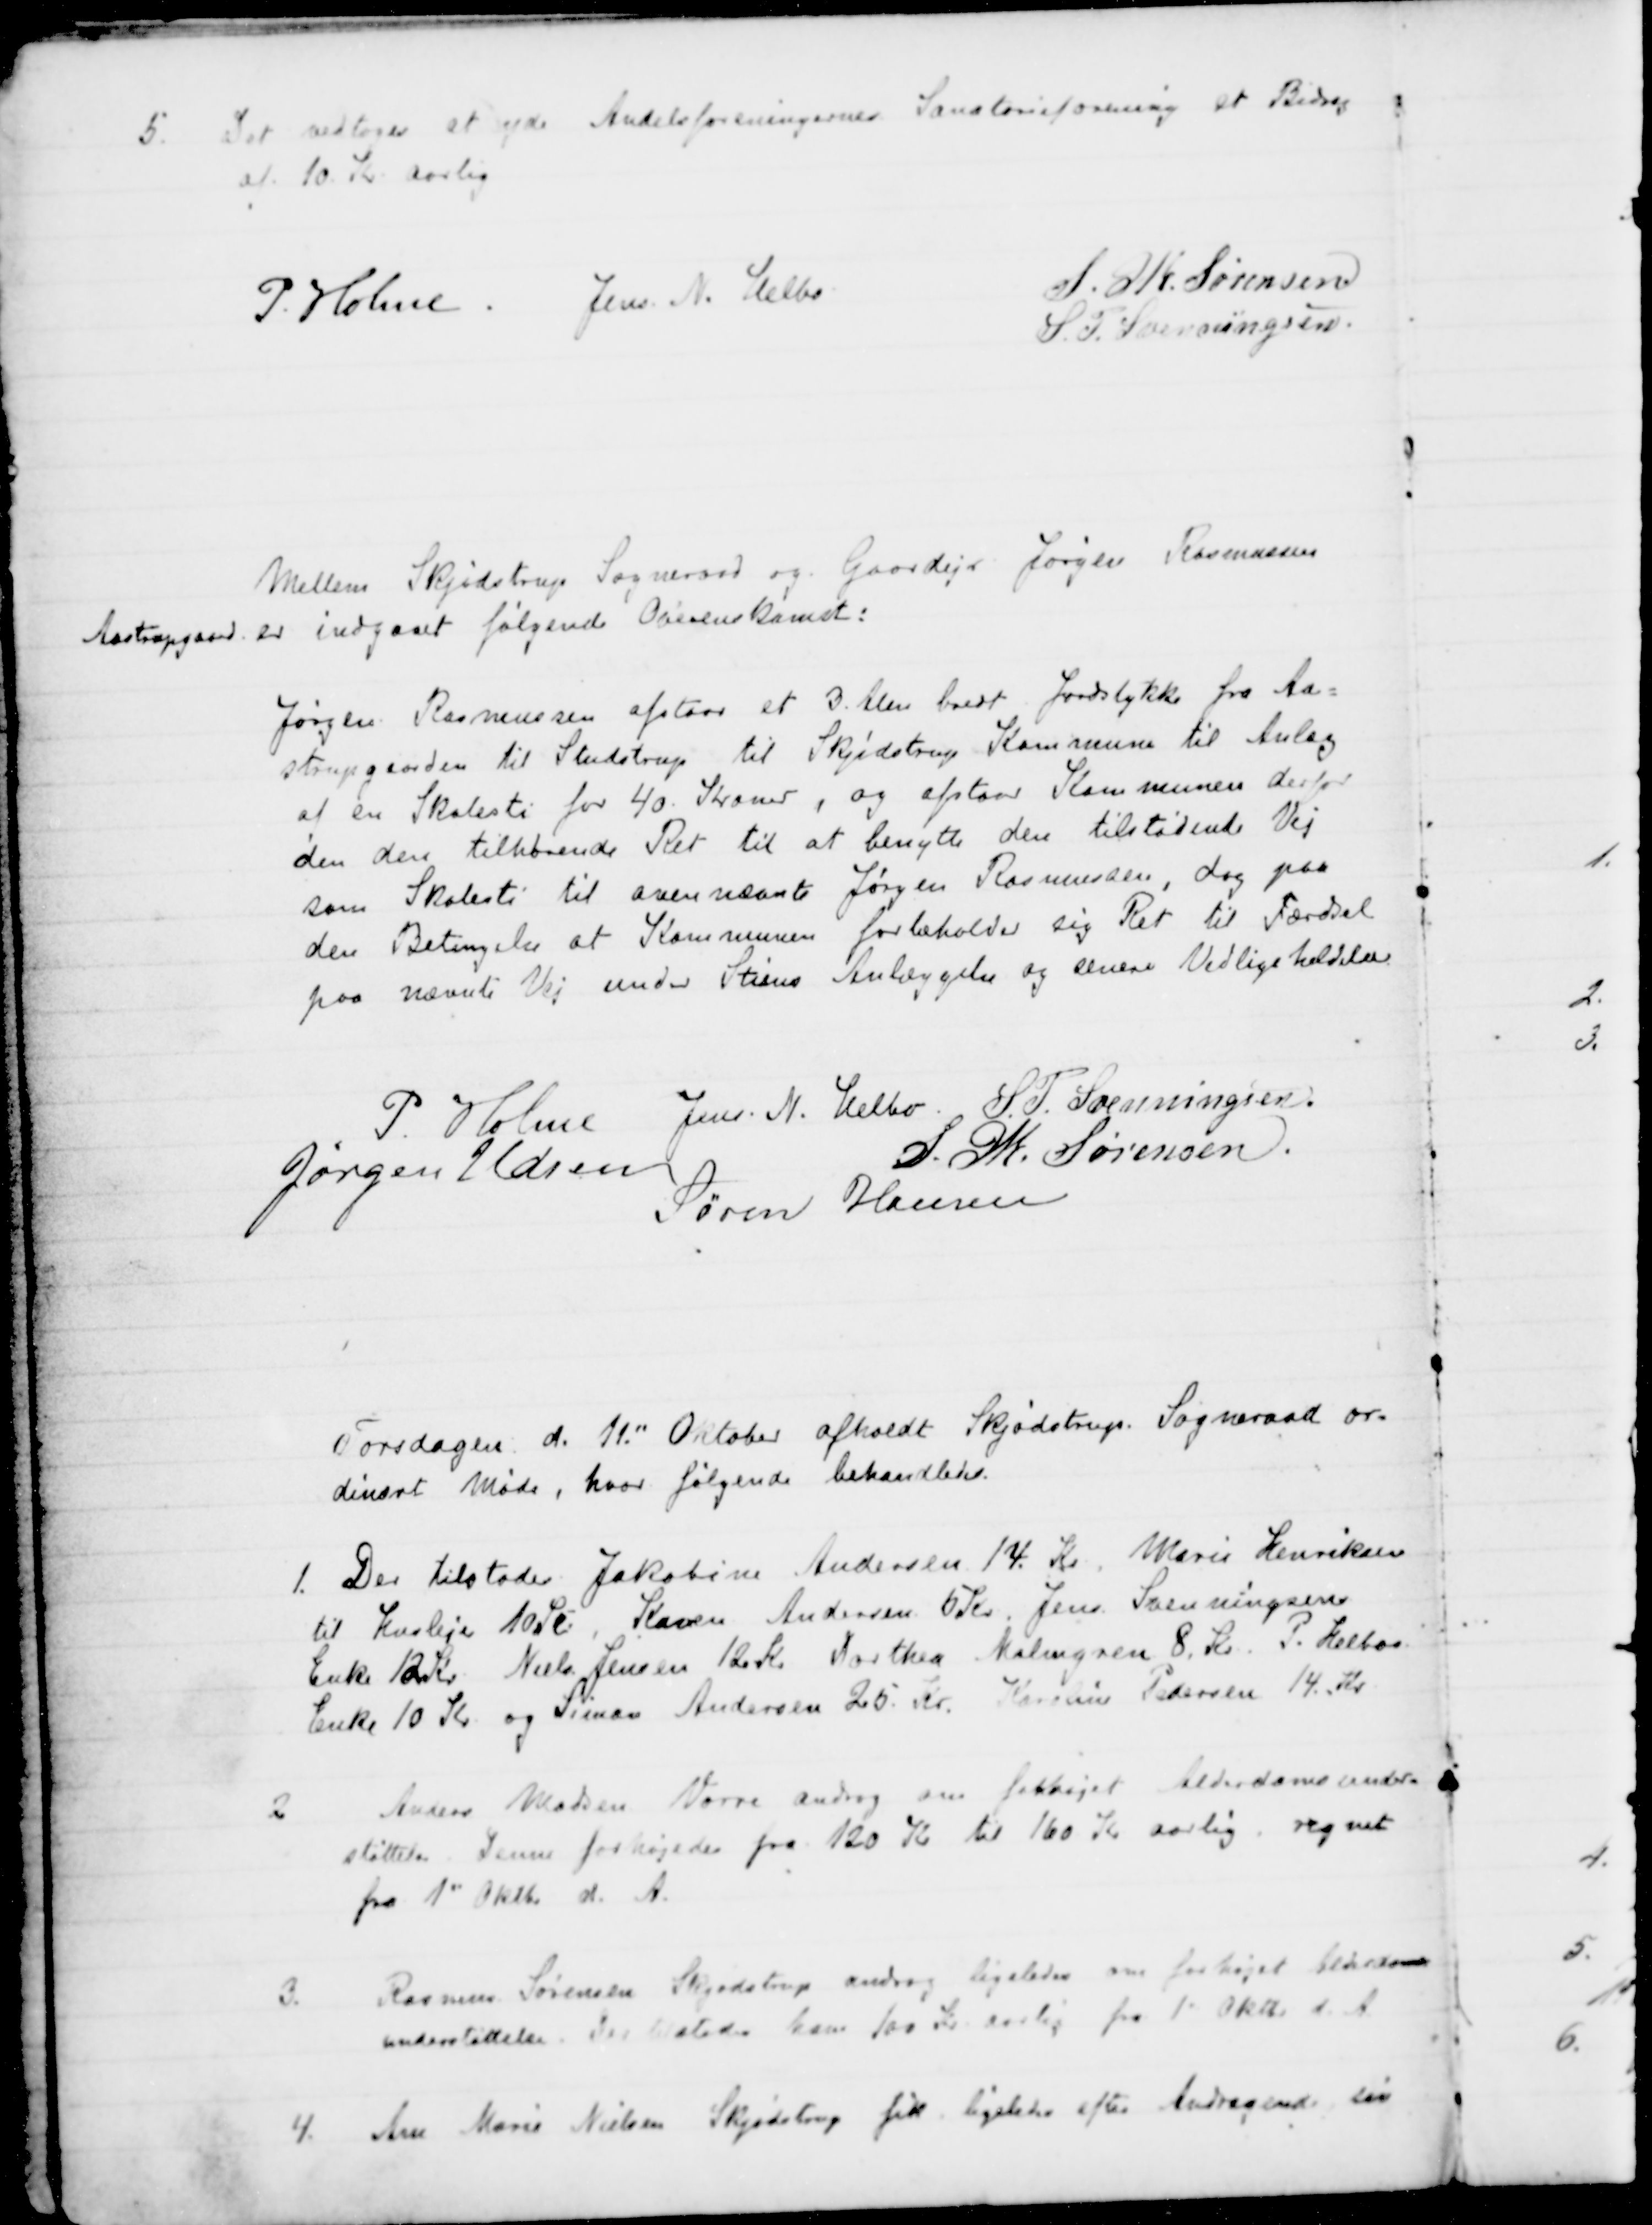
Transskription:
5. Det vedtoges at yde Andelsforeningernes Sanatorieforening et Bidrag
af 10 Kr. aarlig
P. Holme. Jens N. Helbo
S. M. Sørensen
S. P. Svenningsen.
Mellem Skjødstrup Sogneraad og Gaardejer Jørgen Rasmussen
Aastrupgaard er indgaaet følgende Overenskomst:
Jørgen Rasmussen afstaar et 3. Alen bredt Jordstykke fra Aa=
strupgaarden til Studstrup til Skjødstrup Kommune til Anlæg
af en Skolesti for 40. Kroner, og afstaar Kommunen derfor
den den tilhørende Ret til at benytte den tilstødende Vej
som Skolesti til ovennævnte Jørgen Rasmussen, dog paa
den Betingelse at Kommunen forbeholder sig Ret til Færdsel
paa nævnte Vej under Stiens Anlæggelse og senere Vedligeholdelse
P. Holme Jens N. Helbo S. P. Svenningsen
Jørgen Udsen
S. M. Sørensen
Søren Hansen
Torsdagen d. 11" Oktober afholdt Skjødstrup. Sogneraad or=
dinært Møde, hvor følgende behandledes.
1. Der tilstodes Jakobine Andersen 14. Kr. Marie Henriksen
til Husleje 10Kr, Karen Andersen 6 Kr Jens Svenningsens
Enke 12 Kr. Niels Jensen 12. Kr Dorthea Malmgren 8. Kr. P. Helbos
Enke 10 Kr. og Simon Andersen 25 Kr. Karoline Pedersen 14. Kr.
2
Anders Madsen Vorre androg om forhøjet Alderdomsunder-
støttelse. Denne forhøjedes fra 120 Kr til 160 Kr aarlig regnet
fra 1" Oktbr d. A.
3.
Rasmus Sørensen Skjødstrup androg ligeledes om forhøjet Alderdoms
understøttelse. Der tilstodes ham 100 Kr aarlig fra 1' Okt. d. A
4. Ane Marie Nielsen Skjødstrup fik ligeledes efter Andragende sin